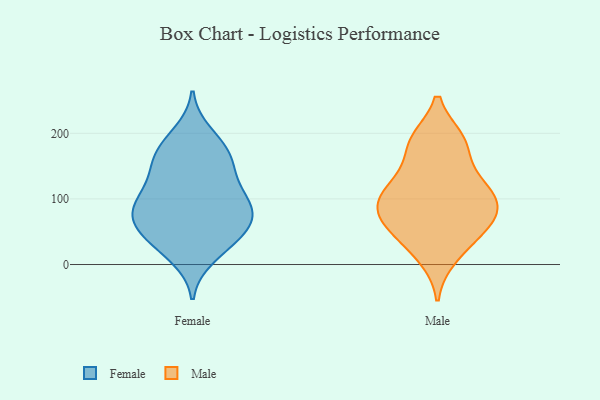
{"axis": {"x": "Budget (USD K)", "y": "Value"}, "legend": ["Female", "Male"], "data": [{"x": "", "y": 69, "type": "Female"}, {"x": "", "y": 65, "type": "Female"}, {"x": "", "y": 75, "type": "Female"}, {"x": "", "y": 92, "type": "Female"}, {"x": "", "y": 173, "type": "Female"}, {"x": "", "y": 147, "type": "Female"}, {"x": "", "y": 34, "type": "Female"}, {"x": "", "y": 86, "type": "Female"}, {"x": "", "y": 103, "type": "Female"}, {"x": "", "y": 199, "type": "Female"}, {"x": "", "y": 162, "type": "Female"}, {"x": "", "y": 146, "type": "Female"}, {"x": "", "y": 179, "type": "Female"}, {"x": "", "y": 53, "type": "Female"}, {"x": "", "y": 101, "type": "Female"}, {"x": "", "y": 118, "type": "Female"}, {"x": "", "y": 56, "type": "Female"}, {"x": "", "y": 12, "type": "Female"}, {"x": "", "y": 28, "type": "Female"}, {"x": "", "y": 182, "type": "Male"}, {"x": "", "y": 105, "type": "Male"}, {"x": "", "y": 60, "type": "Male"}, {"x": "", "y": 59, "type": "Male"}, {"x": "", "y": 73, "type": "Male"}, {"x": "", "y": 12, "type": "Male"}, {"x": "", "y": 90, "type": "Male"}, {"x": "", "y": 132, "type": "Male"}, {"x": "", "y": 108, "type": "Male"}, {"x": "", "y": 83, "type": "Male"}, {"x": "", "y": 121, "type": "Male"}, {"x": "", "y": 35, "type": "Male"}, {"x": "", "y": 189, "type": "Male"}, {"x": "", "y": 188, "type": "Male"}]}